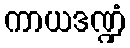
ကာယဒဏ္ဍံ